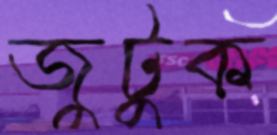
জুটুক